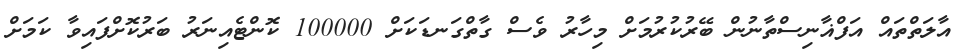
އާލަތްތައް އަފްޣާނިސްތާނުން ބޭރުކުރުމަށް މިހާރު ވެސް ގާތްގަނޑަކަށް 100000 ކޮންޓެއިނަރު ބަރުކޮށްފައިވާ ކަމަށް